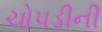
ચોપડીની